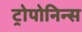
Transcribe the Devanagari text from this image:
ट्रोपोनिन्स